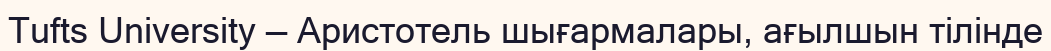
Tufts University — Аристотель шығармалары, ағылшын тілінде